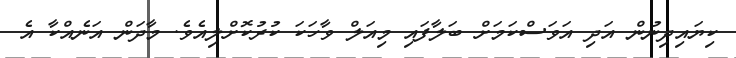
ކިޔައިދިނުން އަދި އަވަސްކަމަށް ބަލާފައި މިއަލް ވާހަކަ ކުރުކޮށްލިއެވެ. މާދަން އަނެއްކާ އެ